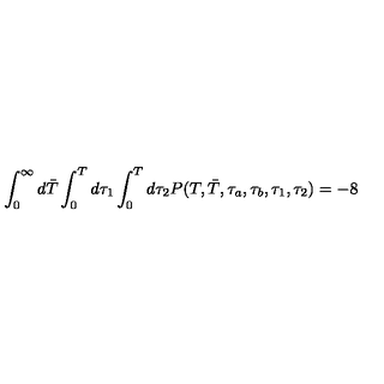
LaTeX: \int _ { 0 } ^ { \infty } d \bar { T } \int _ { 0 } ^ { T } d \tau _ { 1 } \int _ { 0 } ^ { T } d \tau _ { 2 } P ( T , \bar { T } , \tau _ { a } , \tau _ { b } , \tau _ { 1 } , \tau _ { 2 } ) = - 8 \quad